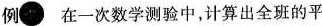
例 在一次数学测验中，计算出全班的平